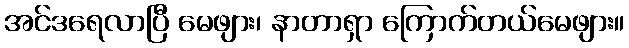
အင်ဒရေလာပြီ မေဖျား၊ နာတာရှာ ကြောက်တယ်မေဖျား။